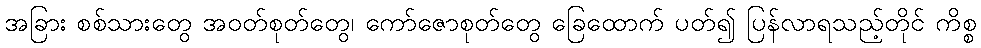
အခြား စစ်သားတွေ အဝတ်စုတ်တွေ၊ ကော်ဇောစုတ်တွေ ခြေထောက် ပတ်၍ ပြန်လာရသည့်တိုင် ကိစ္စ